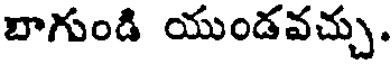
బాగుండి యుండవచ్చు.